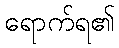
ရောက်ရ၏